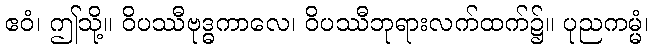
ဧဝံ၊ ဤသို့။ ဝိပဿီဗုဒ္ဓကာလေ၊ ဝိပဿီဘုရားလက်ထက်၌။ ပုညကမ္မံ၊